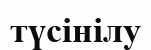
түсінілу